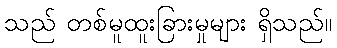
သည် တစ်မူထူးခြားမှုများ ရှိသည်။